[Report on the health of British troops in the Madras command]
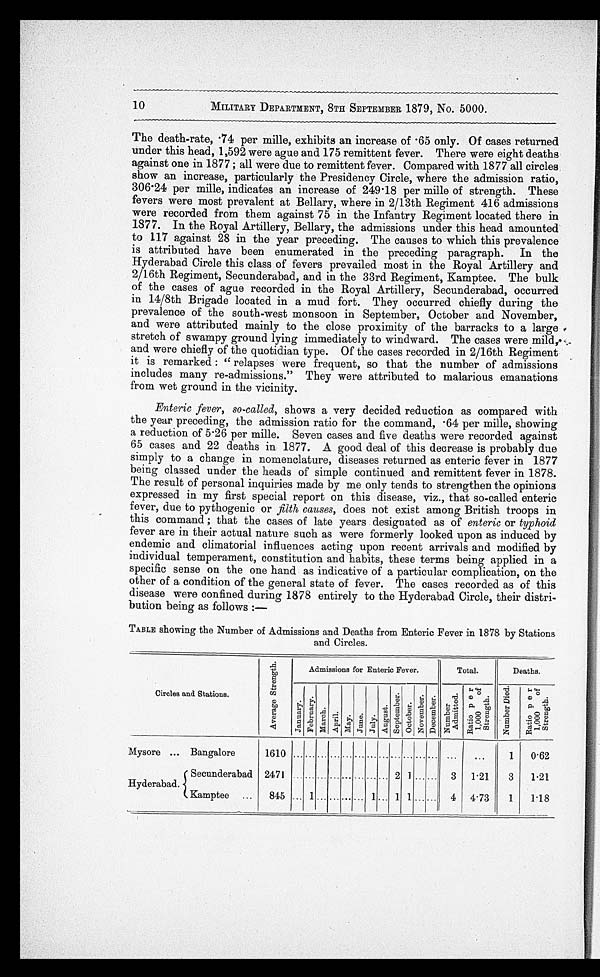
10
MILITARY DEPARTMENT, 8TH SEPTEMBER 1879, No. 5000.
The death-rate, 74 per mille, exhibits an increase of 65 only. Of cases returned
under this head, 1,592 were ague and 175 remittent fever. There were eight deaths
against one in 1877 ; all were due to remittent fever. Compared with 1877 all circles
show an increase, particularly the Presidency Circle, where the admission ratio,
306.24 per mille, indicates an increase of 249.18 per mille of strength. These
fevers were most prevalent at Bellary, where in 2/13th Regiment 416 admissions
were recorded from them against 75 in the Infantry Regiment located there in
1877. In the Royal Artillery, Bellary, the admissions under this head amounted
to 117 against 28 in the year preceding. The causes to which this prevalence
is attributed have been enumerated in the preceding paragraph. In the
Hyderabad Circle this class of fevers prevailed most in the Royal Artillery and
2/16th Regiment, Secunderabad, and in the 33rd Regiment, Kamptee. The bulk
of the cases of ague recorded in the Royal Artillery, Secunderabad, occurred
in 14/8th Brigade located in a mud fort. They occurred chiefly during the
prevalence of the south-west monsoon in September, October and November,
and were attributed mainly to the close proximity of the barracks to a large
stretch of swampy ground lying immediately to windward. The cases were mild
and were chiefly of the quotidian type. Of the cases recorded in 2/16th Regiment
it is remarked : "relapses were frequent, so that the number of admissions
includes many re-admissions." They were attributed to malarious emanations
from wet ground in the vicinity.
Enteric fever, so-called, shows a very decided reduction as compared with
the year preceding, the admission ratio for the command, 64 per mille, showing
a reduction of 5.26 per mille. Seven cases and five deaths were recorded against
65 cases and 22 deaths in 1877. A good deal of this decrease is probably due
simply to a change in nomenclature, diseases returned as enteric fever in 1877
being classed under the heads of simple continued and remittent fever in 1878.
The result of personal inquiries made by me only tends to strengthen the opinions
expressed in my first special report on this disease, viz., that so-called enteric
fever, due to pythogenic or filth causes, does not exist among British troops in
this command ; that the cases of late years designated as of enteric or typhoid
fever are in their actual nature such as were formerly looked upon as induced by
endemic and climatorial influences acting upon recent arrivals and modified by
individual temperament, constitution and habits, these terms being applied in a
specific sense on the one hand as indicative of a particular complication, on the
other of a condition of the general state of fever. The cases recorded as of this
disease were confined during 1878 entirely to the Hyderabad Circle, their distri--
bution being as follows :—
TABLE showing the Number of Admissions and Deaths from Enteric Fever in 1878 by Stations
and Circles.
Circles and Stations.
A v e r a g e s t r e n g t h .
Admissions for Enteric Fever.
Total.
Deaths.
January.
February.
March.
April. May. June. July.
August.
Sept ember .
Oct ober.
November . De c e mb e r .
N u m b e r A d m i t t e d .
R a t i o p e r 1 , 0 0 0 o f S t r e n g t h .
N u m b e r D i e d .
R a t i o
p e r 1 , 0 0 0
o f S t r e n g t h .
Mysore ...
Bangalore
1 6 1 0
. . . . . . . . . . . . . . . . . . . . . . . . . . . . . .. . . . . . . . .
. . .
1
0.62
Hyderabad.
Secunderabad
2471
. . . . . . . . . . . . . .. . .. . . .
. . . 2
1 . . .
. . .
3
1.21
3
1.21
Kamptee
. . .
845 . . . 1 . . . . . . . . . . . . 1 . . . 1 1 . . .
. . .
4
4.73
1
1.18